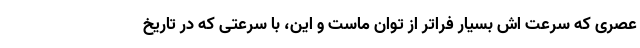
عصری که سرعت اش بسیار فراتر از توان ماست و این، با سرعتی که در تاریخ